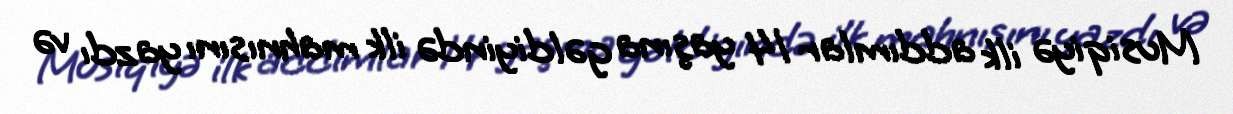
Musiqiyə ilk addımlar 14 yaşına gəldiyində ilk mahnısını yazdı və